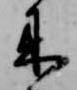
来